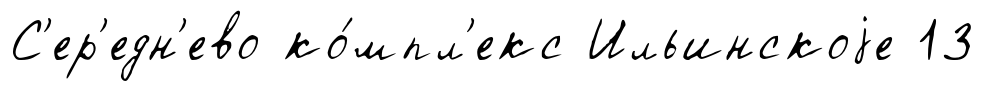
С'ер'едн'ево ко́мпл'екс Ильинскоjе 13